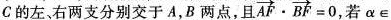
与C的左、右两支分别交于A，B两点，且 $$\overrightarrow{AF} \cdot \overrightarrow{BF}=0$$ ，若α\in